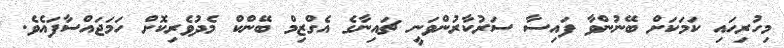
މިހުރިހައި ކަމަކަށް ބޭނުންވާ ފައިސާ ސަރުކާރުންވަނީ ޗައިނާގެ އެގްޒިމް ބޭންކް މެދުވެރިކޮށް ހަމަޖައްސާފައެވެ.